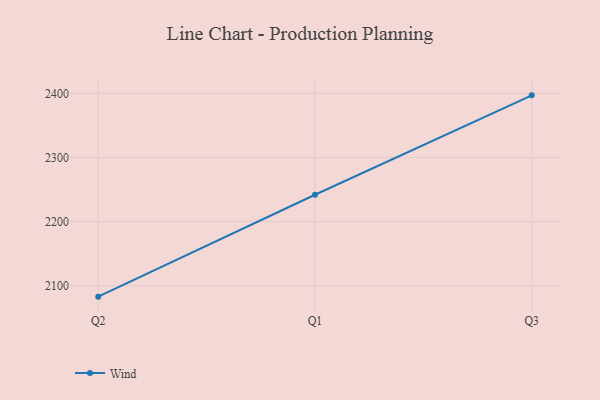
{"axis": {"x": "Quarter", "y": "Website Visitors"}, "legend": ["Wind"], "data": [{"x": "Q2", "y": 2082.6, "type": "Wind"}, {"x": "Q1", "y": 2241.7, "type": "Wind"}, {"x": "Q3", "y": 2396.9, "type": "Wind"}]}